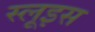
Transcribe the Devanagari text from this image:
स्लूइस